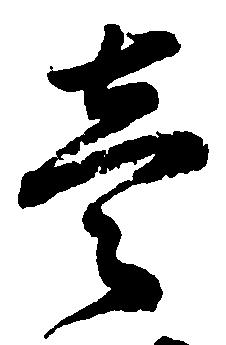
壱